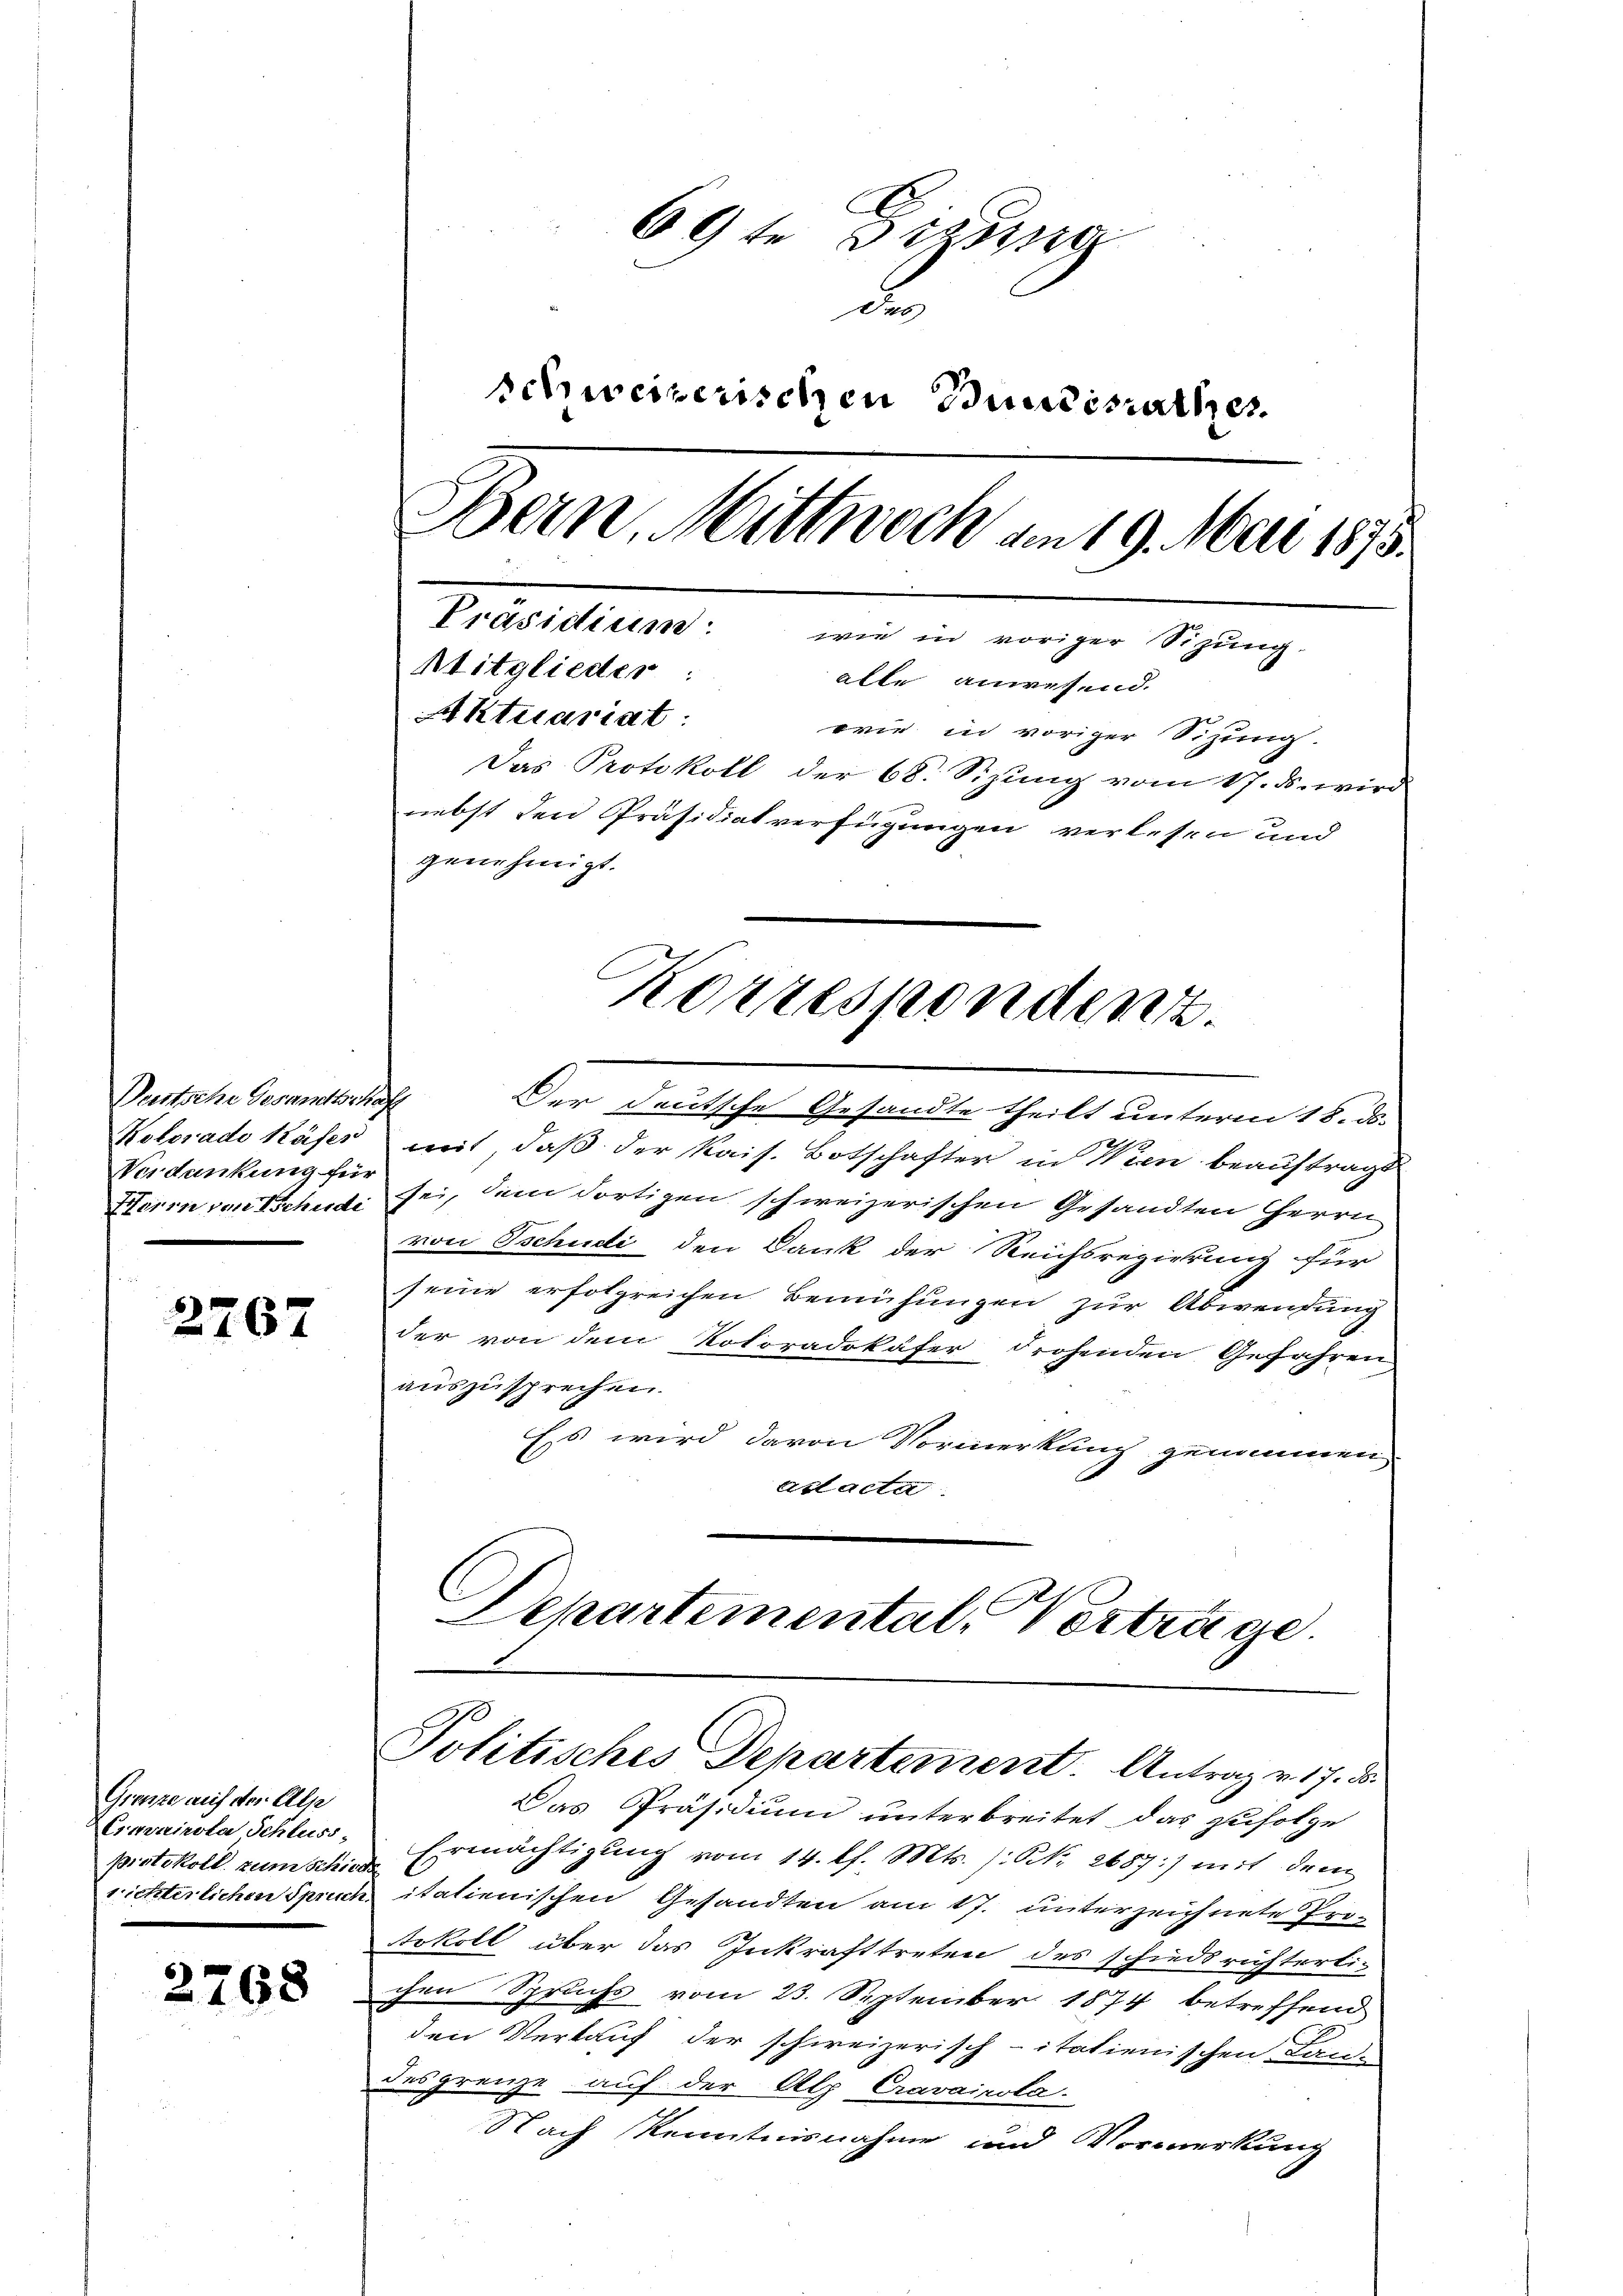
Partsche Gesandtschaft
Kolorado Käfes
Verdankung für
Herrn von Tschudi

2767

Grenze auf der Alp
Cravairota Schluss-
protokoll zum Schiede

2268

69te Diszig
de
schweizerischen Bundesrathes
Bern. Mittwoch am 19. Mai 1875.
Präsidium: wie in voriger Sizung.
Mitglieder:
alle anwesend.
Aktuariat:
wie in voriger Sitzung.
Das Protokoll der 68. Sizung vom 17. ds. wird
nebst den Präsidiat verfügungen verlesen und
genehmigt.

Der Deutsche Gesandte theilt unterm 18. ds.
mit, daß der Kais. Botschafter in Wien beauftragt
sei, dem dortigen schweizerischen Gesandten Herrn
von Tschudi den Dank der Reichsregierung für
seine erfolgreichen Bemühungen zur Abwendung
der von dem Koloradokäfer drohenden Gefahren
auszusprechen.
Es wird davon Vormerkung genommen
attacta
Departemental Vertrage.

Korrespondent.

Politisches Departement. Antrag v. 17. d.

Das Präsidium unterbreitet das zufolge
Ermächtigŭng vom 14. d. Mts. /: No 2687:) mit dem
richterlichen Spruch italienischen Gesandten am 17. unterzeichnete Protokoll über das Inkrafttreten des schiedsrichterli-
chen Spruchs vom 23. September 1874 betreffend
den Verkauf der schweizerisch-itationischen Lan-
desgrenze auf der Alp Cravairola.
Nach Kenntnisnahme und Vormerkung